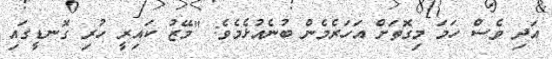
އަދި ވެސް ހަމަ މިގޮތަށް އަހަރެމެން ބުނެއުޅެމެވެ: ''މޭޒު ކައިރީ ހުރި ގޮނޑީގައި